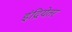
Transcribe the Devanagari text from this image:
इंद्रियेतर